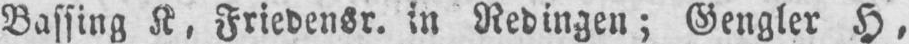
Bassing K. Friedensr. in Redingen; Gengler H,